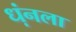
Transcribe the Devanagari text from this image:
ध्‍ानला